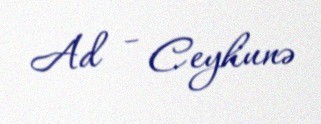
Ad - Ceyhunə